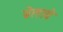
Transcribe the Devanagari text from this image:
बेलावे